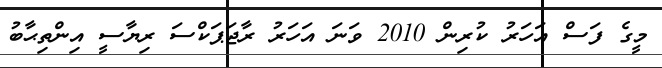
މީގެ ފަސް އަހަރު ކުރިން 2010 ވަނަ އަހަރު ރާޖަޕަކްސަ ރިޔާސީ އިންތިޙާބު